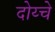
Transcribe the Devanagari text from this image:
दोय्चे